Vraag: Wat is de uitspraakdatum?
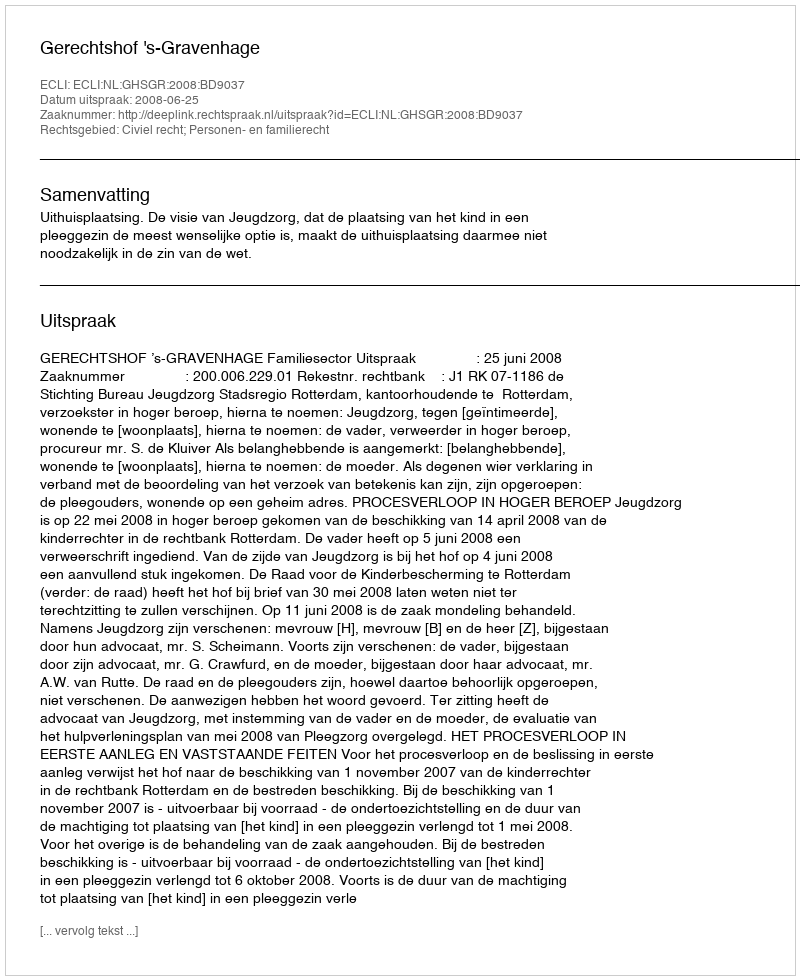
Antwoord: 2008-06-25